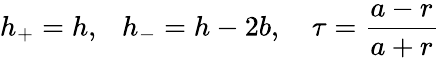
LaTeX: h_{+}=h,\ \ \ h_{-}=h-2b,\ \ \ \ \tau=\frac{a-r}{a+r}